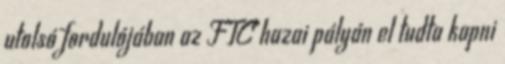
utolsó fordulójában az FTC hazai pályán el tudta kapni